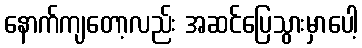
နောက်ကျတော့လည်း အဆင်ပြေသွားမှာပေါ့